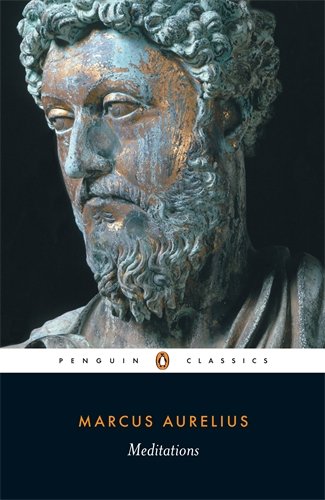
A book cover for Meditations (Penguin Classics); Marcus Aurelius; History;